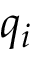
q _ { i }